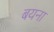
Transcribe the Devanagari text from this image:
बयना